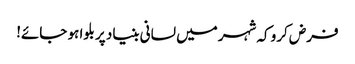
فرض کرو کہ شہر میں لسانی بنیاد پر بلوا ہو جائے!